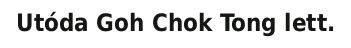
Utóda Goh Chok Tong lett.